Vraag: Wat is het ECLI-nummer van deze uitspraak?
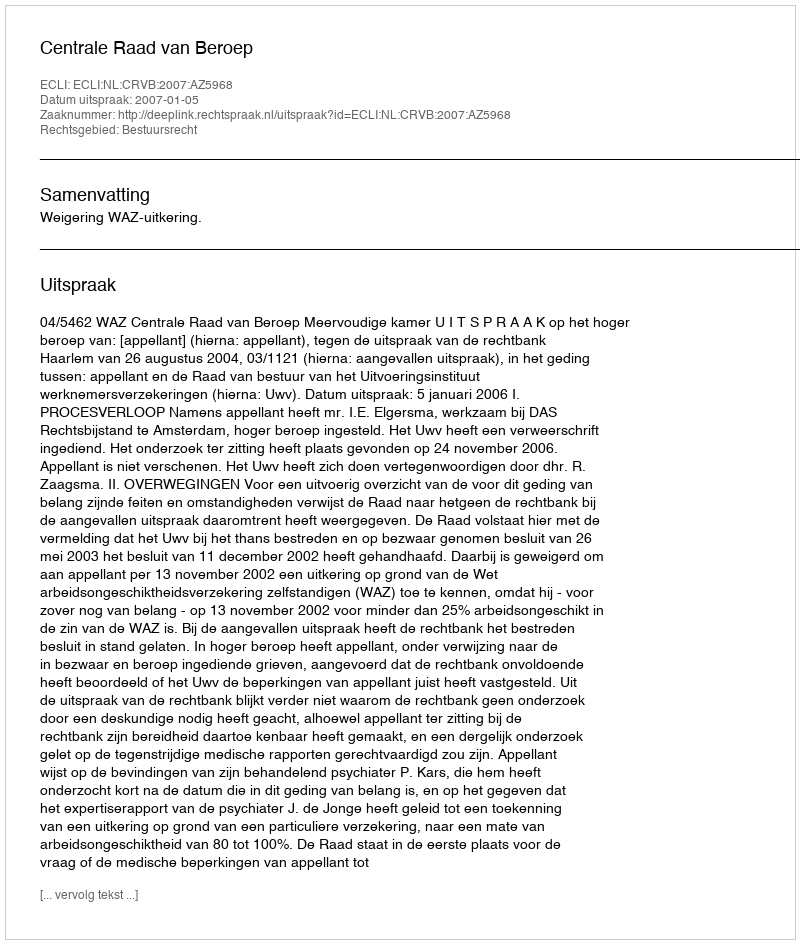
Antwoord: ECLI:NL:CRVB:2007:AZ5968